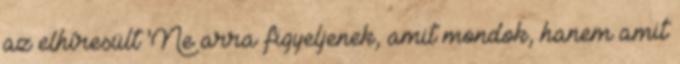
az elhíresült 'Ne arra figyeljenek, amit mondok, hanem amit